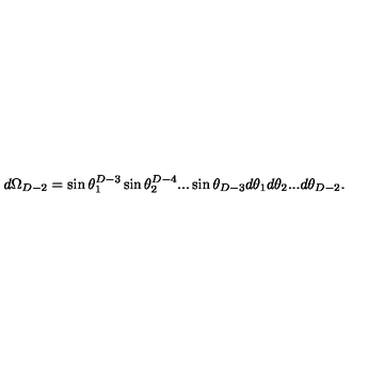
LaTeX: d \Omega _ { D - 2 } = \sin \theta _ { 1 } ^ { D - 3 } \sin \theta _ { 2 } ^ { D - 4 } . . . \sin \theta _ { D - 3 } d \theta _ { 1 } d \theta _ { 2 } . . . d \theta _ { D - 2 } .